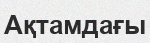
Ақтамдағы